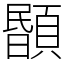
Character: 𩔉